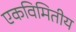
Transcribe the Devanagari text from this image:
एकविमितीय